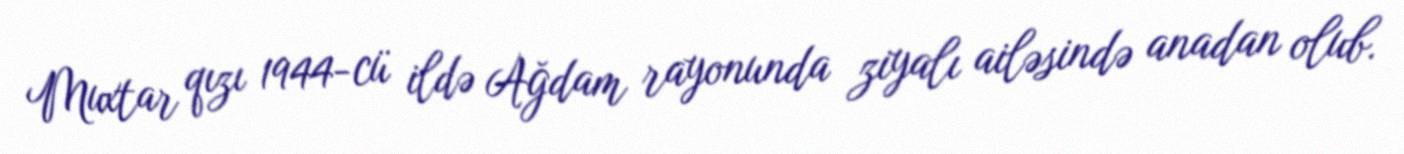
Muxtar qızı 1944-cü ildə Ağdam rayonunda ziyalı ailəsində anadan olub.